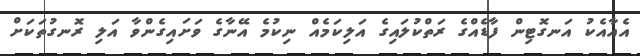
އެއާއެކު އަނގޮޓިން ފާޑެއްގެ ރަތްކުލައިގެ އަލިކަމެއް ނިކުމެ އޭނާގެ ވަށައިގެންވާ އަލި ރޮނގުތަކަށް